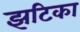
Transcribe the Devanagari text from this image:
झटिका